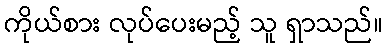
ကိုယ်စား လုပ်ပေးမည့် သူ ရှာသည်။